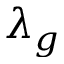
\lambda _ { g }